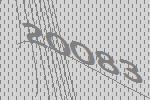
20083